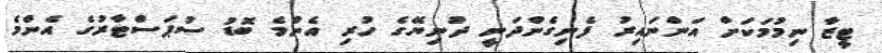
ޓީޒާ ނިމުމަކަށް އަންނައިރު ފެނިގެންދަނީ ދުނިޔޭގެ ހުރި އެންމެ ބޮޑު ސުޕަސްޓާރުގެ އެންމެ